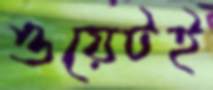
ওয়েটই